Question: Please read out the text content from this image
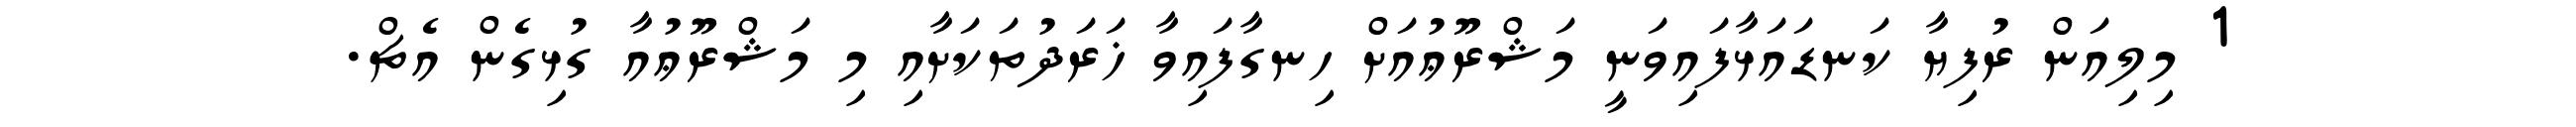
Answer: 1 މިލިއަން ރުފިޔާ ކަނޑައަޅާފައިވަނީ މަޝްރޫޢުއަށް ހިނގާފައިވާ ޚަރަދުތަކަށާއި މި މަޝްރޫޢުއާ ގުޅިގެން އެޗް.